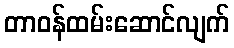
တာဝန်ထမ်းဆောင်လျက်